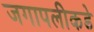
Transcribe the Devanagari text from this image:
जगापलीकडे